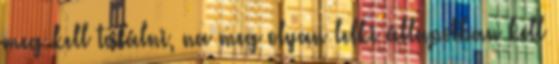
meg kell találni, na meg olyan lelki állapotban kell